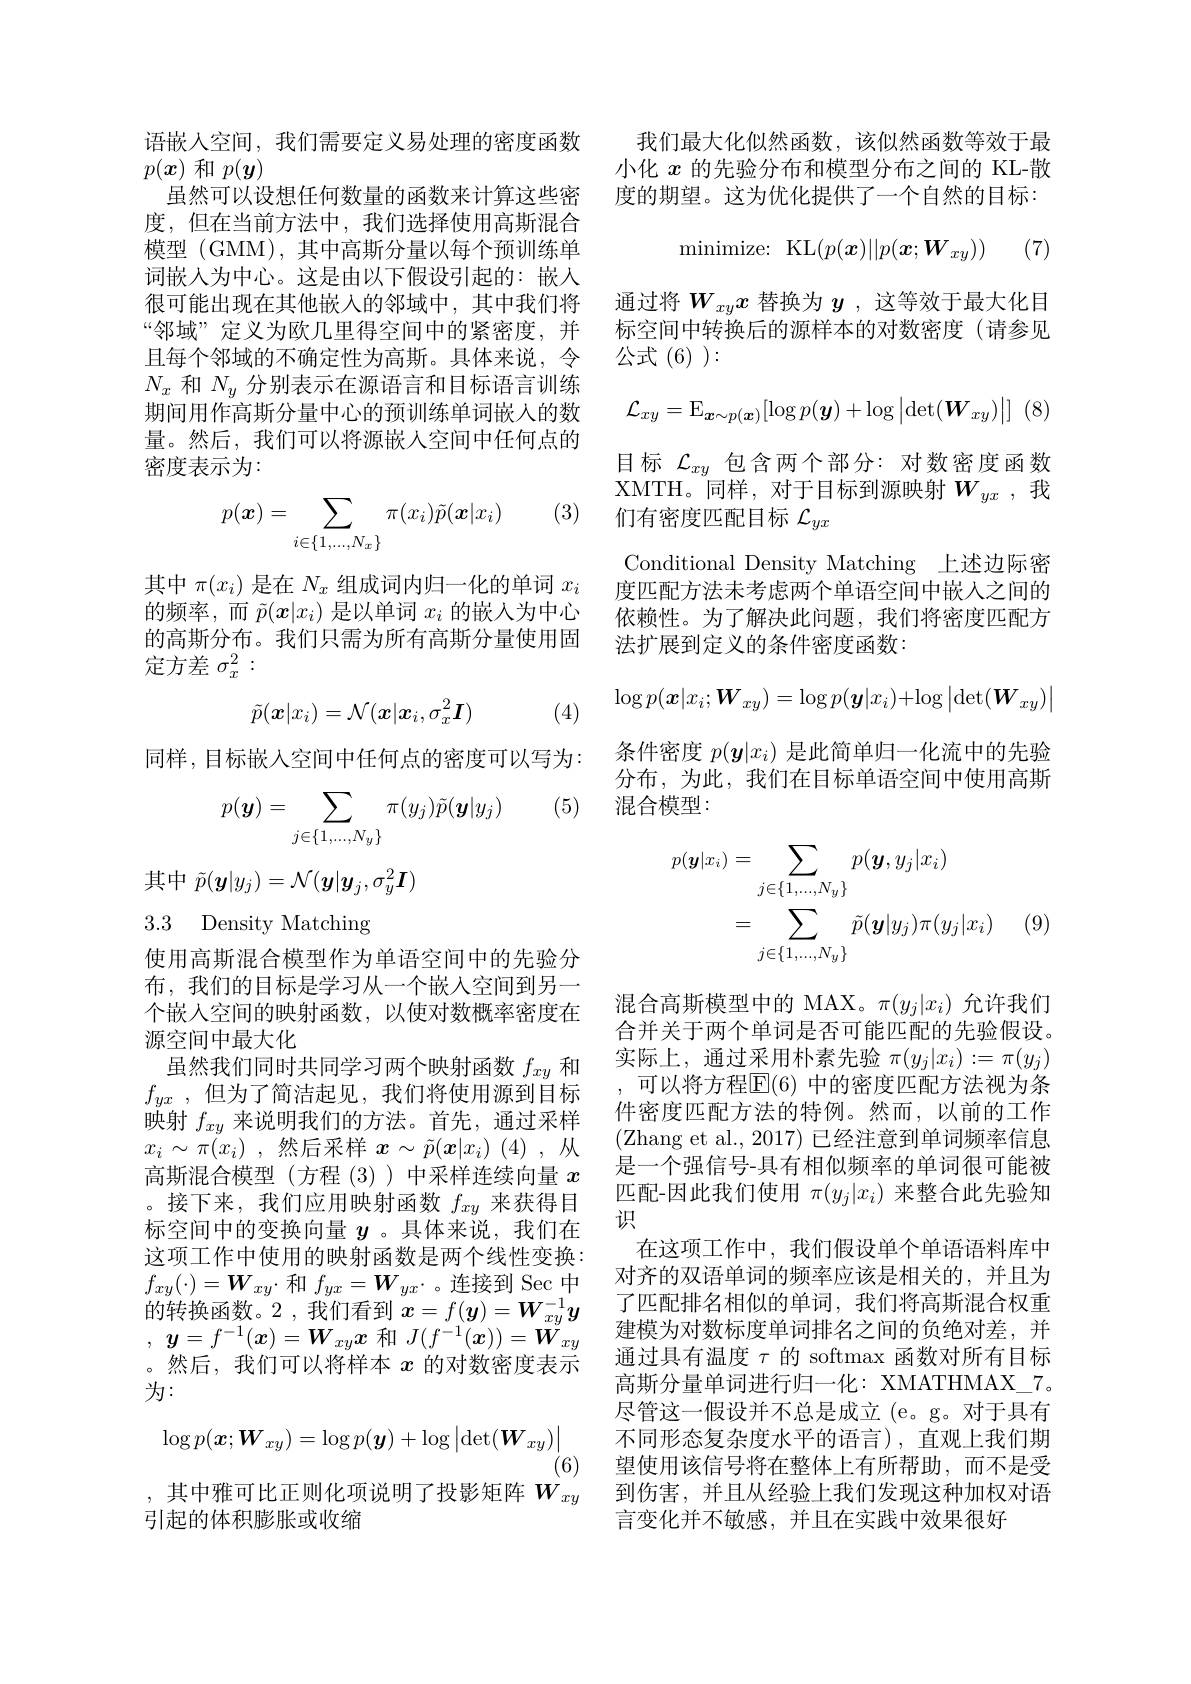
语嵌人空间，我们需要定义易处理的密度函数
$p(x)$和$p(\boldsymbol{y})$
虽然可以设想任何数量的函数来计算这些密度，但在当前方法中，我们选择使用高斯混合模型 (GMM), 其中高斯分量以每个预训练单词嵌人为中心。这是由以下假设引起的：嵌入很可能出现在其他嵌入的邻域中，其中我们将“邻域”定义为欧几里得空间中的紧密度，并且每个邻域的不确定性为高斯。具体来说，令$N_x$和$N_y$分别表示在源语言和目标语言训练期间用作高斯分量中心的预训练单词嵌入的数量。然后，我们可以将源嵌入空间中任何点的密度表示为：

(3)
$$p(\boldsymbol{x})=\sum_{i\in\{1,...,N_x\}}\pi(x_i)\tilde{p}(\boldsymbol{x}|x_i)$$
其中$\pi(x_i)$是在$N_x$组成词内归一化的单词$x_i$ 的频率，而$\tilde{p}(\boldsymbol{x}|x_i)$是以单词$x_i$的嵌入为中心的高斯分布。我们只需为所有高斯分量使用固定方差$\sigma_x^2:$
$$\tilde{p}(\boldsymbol{x}|x_i)=\mathcal{N}(\boldsymbol{x}|\boldsymbol{x}_i,\sigma_x^2\boldsymbol{I})$$
(4)

同样，目标嵌入空间中任何点的密度可以写为：

(5)
$$p(\boldsymbol y)=\sum_{j\in\{1,...,N_y\}}\pi(y_j)\tilde{p}(\boldsymbol y|y_j)$$
其中$\tilde{p}(\boldsymbol{y}|y_{j})=\mathcal{N}(\boldsymbol{y}|\boldsymbol{y}_{j},\sigma_{y}^{2}\boldsymbol{I})$

# 3.3 Density Matching

使用高斯混合模型作为单语空间中的先验分布，我们的目标是学习从一个嵌入空间到另一个嵌人空间的映射函数，以使对数概率密度在源空间中最大化
虽然我们同时共同学习两个映射函数$f_{xy}$和$f_{yx}$ ,但为了简洁起见，我们将使用源到目标映射$f_{xy}$来说明我们的方法。首先，通过采样$x_i\sim\pi(x_i)$ ,然后采样$x\sim\tilde{p}(\boldsymbol{x}|x_i)$ (4),从高斯混合模型(方程(3) )中采样连续向量$x$ 。接下来，我们应用映射函数$f_{xy}$来获得目标空间中的变换向量$y$ 。具体来说，我们在这项工作中使用的映射函数是两个线性变换： $f_{xy}(\cdot)=\boldsymbol{W}_{xy}$·和$f_yx=\boldsymbol{W}_{yx}$·。连接到 Sec 中的转换函数。2 ,我们看到$x=f(\boldsymbol{y})=\boldsymbol{W}_xy^{-1}\boldsymbol{y}$ , $\boldsymbol{y}= f^{- 1}( \boldsymbol{x}) = \boldsymbol{W}_{xy}\boldsymbol{x}$和$J(f^{-1}(\boldsymbol{x}))=\boldsymbol{W}_{xy}$ 。然后，我们可以将样本$x$的对数密度表示为：
$$\log p(\boldsymbol{x};\boldsymbol{W}_{xy})=\log p(\boldsymbol{y})+\log\left|\det(\boldsymbol{W}_{xy})\right|$$
(6)
,其中雅可比正则化项说明了投影矩阵$W_xy$
引起的体积膨胀或收缩

我们最大化似然函数，该似然函数等效于最小化$x$的先验分布和模型分布之间的 KL-散度的期望。这为优化提供了一个自然的目标：
$$\text{minimize: KL}(p(\boldsymbol{x})||p(\boldsymbol{x};\boldsymbol{W}_{xy}))$$
(7)

通过将$W_xyx$替换为$y$ ,这等效于最大化目标空间中转换后的源样本的对数密度(请参见公式(6):
$$\mathcal{L}_{xy}=\operatorname{E}_{\boldsymbol{x}\sim p(\boldsymbol{x})}[\log p(\boldsymbol{y})+\log\left|\det(\boldsymbol{W}_{xy})\right|]$$
目标$\mathcal{L}_xy$包含两个部分：对数密度函数XMTH。同样，对于目标到源映射$W_{yx}$,我们有密度匹配目标$\mathcal{L}_{yx}$
Conditional Density Matching 上述边际密度匹配方法未考虑两个单语空间中嵌入之间的依赖性。为了解决此问题，我们将密度匹配方法扩展到定义的条件密度函数：
$$\log p(\boldsymbol{x}|x_i;\boldsymbol{W}_{xy})=\log p(\boldsymbol{y}|x_i)+\log\left|\det(\boldsymbol{W}_{xy})\right|$$
条件密度$p(\boldsymbol{y}|x_i)$是此简单归一化流中的先验分布，为此，我们在目标单语空间中使用高斯混合模型：
$$\begin{aligned}p(\boldsymbol{y}|x_{i})&=\sum_{j\in\{1,\ldots,N_{y}\}}p(\boldsymbol{y},y_{j}|x_{i})\\&=\sum_{j\in\{1,\ldots,N_{y}\}}\tilde{p}(\boldsymbol{y}|y_{j})\pi(y_{j}|x_{i})\end{aligned}$$
(9)

混合高斯模型中的 MAX。$\pi(y_j|x_i)$允许我们合并关于两个单词是否可能匹配的先验假设。实际上，通过采用朴素先验$\pi(y_j|x_i):=\pi(y_j)$ ,可以将方程$\overline{\mathrm{E}}(6)$ 中的密度匹配方法视为条件密度匹配方法的特例。然而，以前的工作(Zhang et al., 2017) 已经注意到单词频率信息是一个强信号-具有相似频率的单词很可能被匹配-因此我们使用$\pi(y_j|x_i)$来整合此先验知识
在这项工作中，我们假设单个单语语料库中对齐的双语单词的频率应该是相关的，并且为了匹配排名相似的单词，我们将高斯混合权重建模为对数标度单词排名之间的负绝对差，并通过具有温度$\tau$的 softmax 函数对所有目标高斯分量单词进行归一化：XMATHMAX\_7。尽管这一假设并不总是成立 (e。g。对于具有不同形态复杂度水平的语言),直观上我们期望使用该信号将在整体上有所帮助，而不是受到伤害，并且从经验上我们发现这种加权对语言变化并不敏感，并且在实践中效果很好